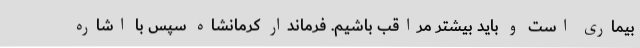
بیماری است و باید بیشتر مراقب باشیم. فرماندار کرمانشاه سپس با اشاره